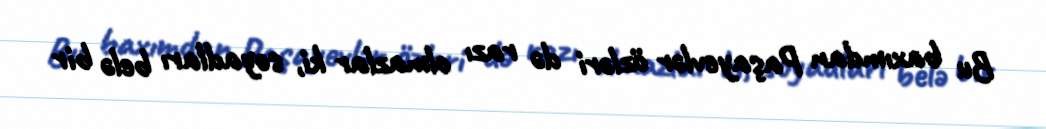
Bu baxımdan Paşayevlər özləri də razı olmazlar ki, soyadları belə bir